Report on vaccination in Madras 1877-1894 - 1877-1894
Year: 1877
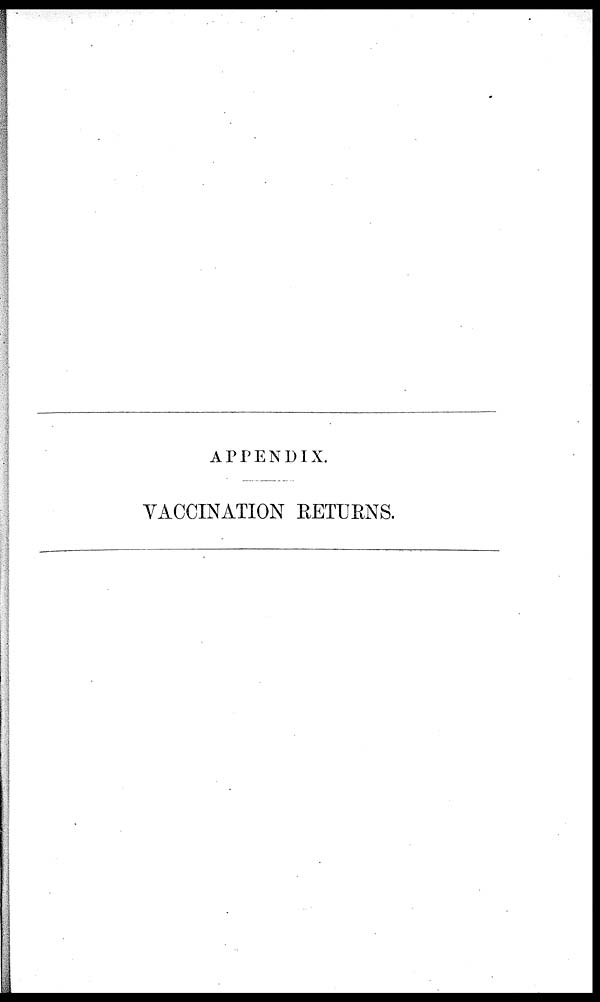
APPENDIX.
VACCINATION RETURNS.